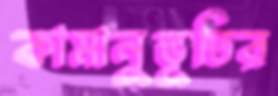
কামানুভূতির